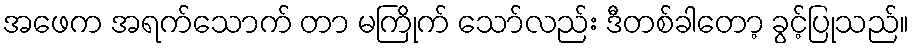
အဖေက အရက်သောက် တာ မကြိုက် သော်လည်း ဒီတစ်ခါတော့ ခွင့်ပြုသည်။